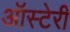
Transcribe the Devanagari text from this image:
ऑस्टेरी